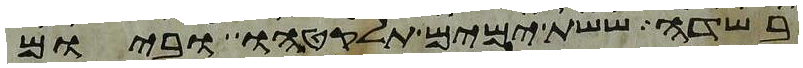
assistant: בשדה ששת ימים תלקטהו וביום